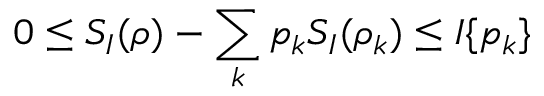
0 \le S _ { I } ( \rho ) - \sum _ { k } p _ { k } S _ { I } ( \rho _ { k } ) \le I \{ p _ { k } \}